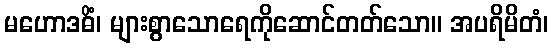
မဟောဒဓိံ၊ များစွာသောရေကိုဆောင်တတ်သော။ အပရိမိတံ၊